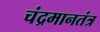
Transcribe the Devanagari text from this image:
चंद्रमानतंत्र